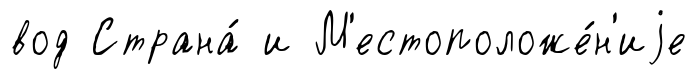
вод Страна́ и М'естоположе́н'иjе